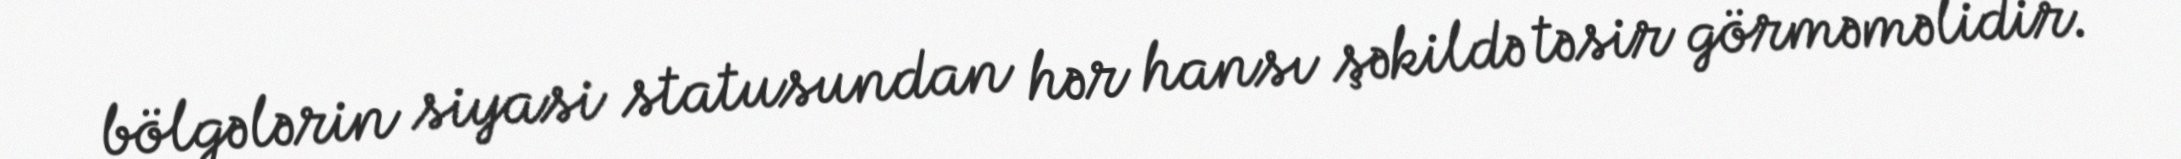
bölgələrin siyasi statusundan hər hansı şəkildə təsir görməməlidir.